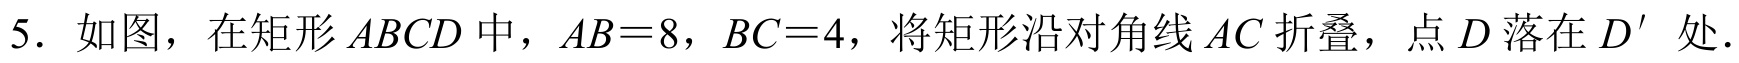
5. 如图，在矩形\(ABCD\)中，\(AB = 8\)，\(BC = 4\)，将矩形沿对角线\(AC\)折叠，点\(D\)落在\(D'\)处.